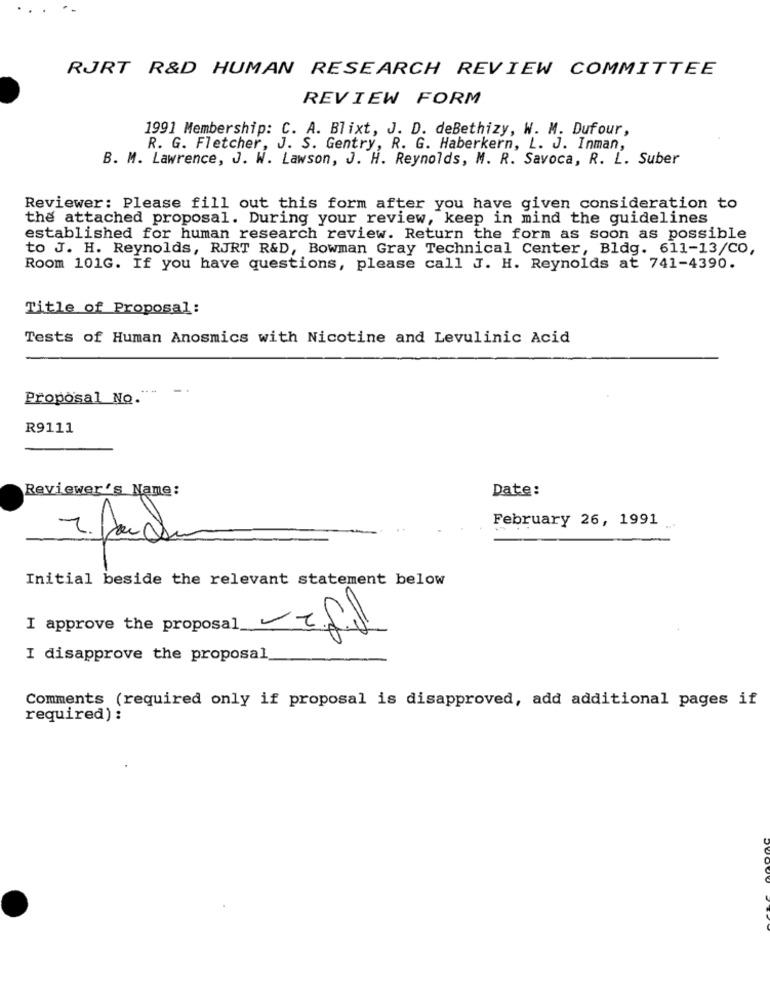
RJRT R&D HUMAN RESEARCH REVIEW COMMITTEE
REVIEW FORM
1991 Membership: C. A. Blixt, J. D. deBethizy, W. M. Dufour,
R. G. Fletcher, J. S. Gentry, R. G. Haberkern, L. J. Inman,
B. M. Lawrence, J. W. Lawson, J. H. Reynolds, M. R. Savoca, R. L. Suber
Reviewer: Please fill out this form after you have given consideration to
the attached proposal. During your review, keep in mind the guidelines
established for human research review. Return the form as soon as possible
to J. H. Reynolds, RJRT R&D, Bowman Gray Technical Center, Bldg. 611-13/CO,
Room 101G. If you have questions, please call J. H. Reynolds at 741-4390.
Title of Proposal:
Tests of Human Anosmics with Nicotine and Levulinic Acid
Proposal No.
R9111
Reviewer's Name:
Date:
February 26, 1991
Initial beside the relevant statement below
I approve the proposal -2.f.f
I disapprove the proposal
Comments (required only if proposal is disapproved, add additional pages if
required) :